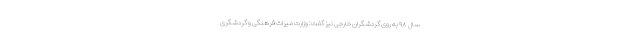
سال ۹۸ به روی گردشگران خارجی نیز گفت: وزارت میراث فرهنگی و گردشگری